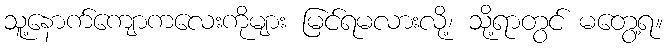
သူ့နောက်ကျောကလေးကိုများ မြင်ရမလားလို့၊ သို့ရာတွင် မတွေ့ရ။